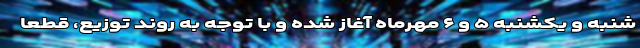
شنبه و یکشنبه ۵ و ۶ مهرماه آغاز شده و با توجه به روند توزیع، قطعا